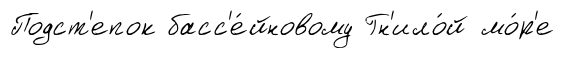
Подст'епок басс'е́йновому Гн'ило́й мо́р'е